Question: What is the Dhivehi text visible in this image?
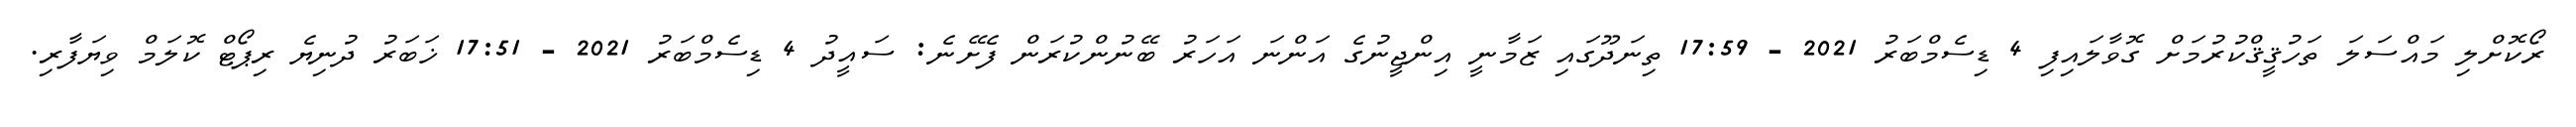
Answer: ރޯކޮށްލި މައްސަލަ ތަހުޤީޤްކުރުމަށް ގޮވާލައިފި 4 ޑިސެމްބަރު 2021 - 17:59 ތިނަދޫގައި ޒަމާނީ އިންޖީނުގެ އަންނަ އަހަރު ބޭނުންކުރަން ފެށޭނެ: ސައީދު 4 ޑިސެމްބަރު 2021 - 17:51 ޚަބަރު ދުނިޔެ ރިޕޯޓް ކޮލަމް ވިޔަފާރި.